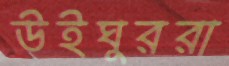
উইঘুররা